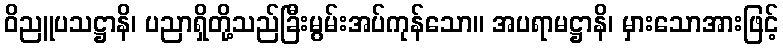
ဝိညူပသဋ္ဌာနိ၊ ပညာရှိတို့သည်ခြီးမွမ်းအပ်ကုန်သော။ အပရာမဋ္ဌာနိ၊ မှားသောအားဖြင့်